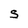
Character: S